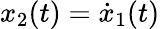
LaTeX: x_{2}(t)={\dot{x}}_{1}(t)